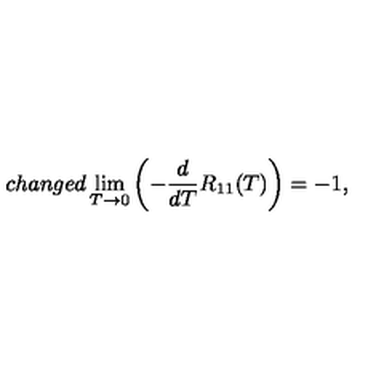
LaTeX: c h a n g e d \lim _ { T \to 0 } \left( - \frac { d } { d T } R _ { 1 1 } ( T ) \right) = - 1 ,